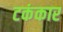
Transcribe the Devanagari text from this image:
टकंकार